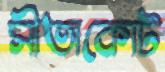
সীতাকোট